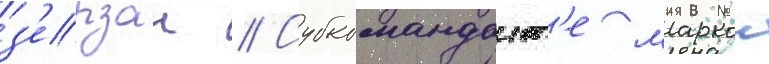
з'ерзан // Субкомандант'е маркос